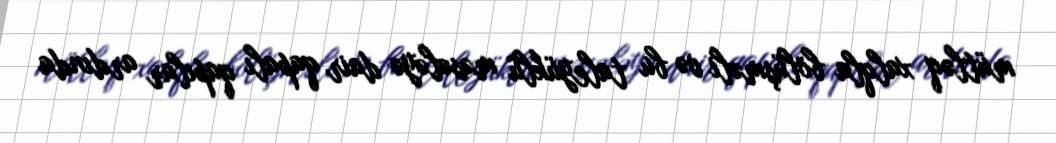
mütləq xalqla bölüşməli və bu taleyüklü məsələyə dair qapalı qapılar ardında